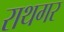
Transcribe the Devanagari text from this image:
राथगर